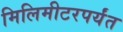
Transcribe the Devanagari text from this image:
मिलिमीटरपर्यंत